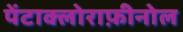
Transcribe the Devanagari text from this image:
पेंटाक्लोराफ़ीनोल